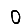
Digit: 0